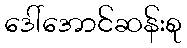
ဒေါ်အောင်ဆန်းစု